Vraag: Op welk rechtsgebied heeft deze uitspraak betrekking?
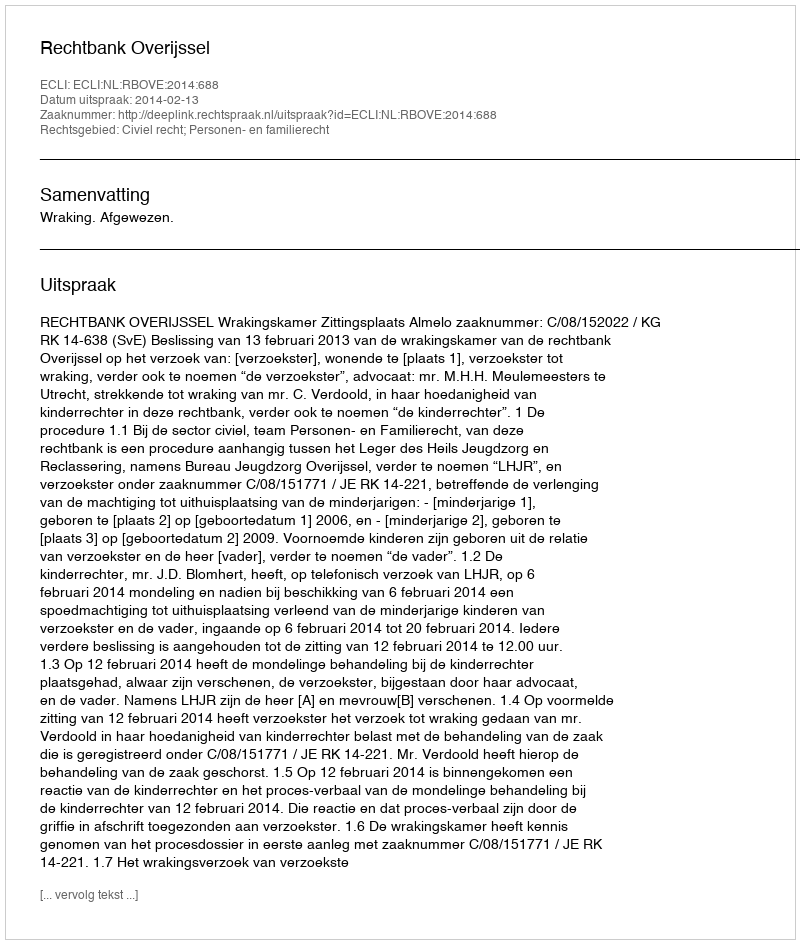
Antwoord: Civiel recht; Personen- en familierecht